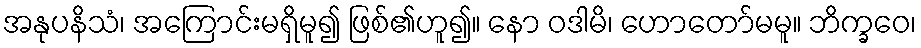
အနုပနိသံ၊ အကြောင်းမရှိမူ၍ ဖြစ်၏ဟူ၍။ နော ဝဒါမိ၊ ဟောတော်မမူ။ ဘိက္ခဝေ၊